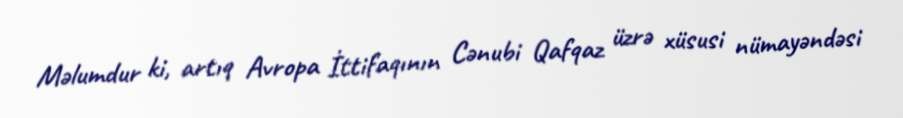
Məlumdur ki, artıq Avropa İttifaqının Cənubi Qafqaz üzrə xüsusi nümayəndəsi